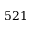
5 2 1